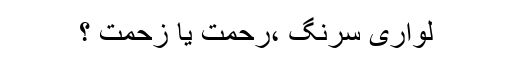
لواری سرنگ ،رحمت یا زحمت ؟